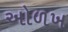
અોળખ